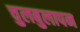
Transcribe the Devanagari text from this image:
चुलबुलापन